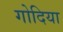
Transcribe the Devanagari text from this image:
गोदिया